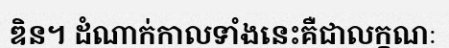
ឌិន។ ដំណាក់កាលទាំងនេះគឺជាលក្ខណៈ